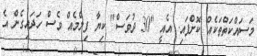
މަސައްކަތްތަކެއް ކޮށްފައި. އެއީ "30 ދުވަސް" ކިޔާ ފިލްމެއް ވެސް ހަދައިގެން އެ